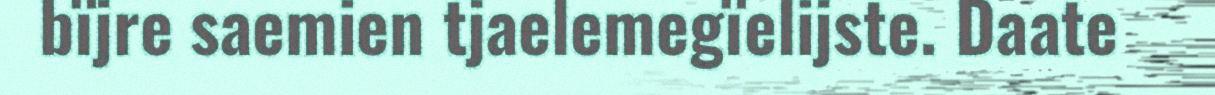
bïjre saemien tjaelemegïelijste. Daate